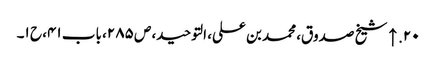
۲۰. ↑ شیخ صدوق، محمد بن علی، التوحید، ص ۲۸۵، باب ۴۱، ح ۱۔